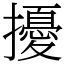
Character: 擾